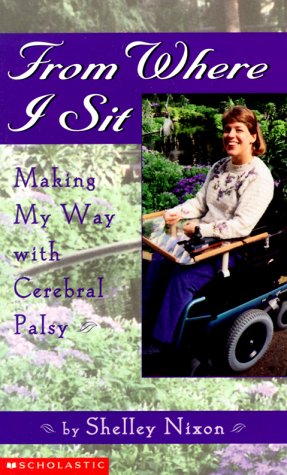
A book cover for From Where I Sit: Making My Way with Cerebral Palsy; Shelley Nixon; Teen & Young Adult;